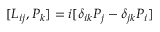
[ L _ { i j } , P _ { k } ] = i [ \delta _ { i k } P _ { j } - \delta _ { j k } P _ { i } ]